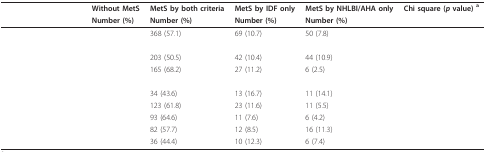
<table><thead><tr><td>[EMPTY_CELL]</td><td><b>Without MetS</b></td><td><b>MetS by both criteria</b></td><td><b>MetS by IDF only</b></td><td><b>MetS by NHLBI/AHA only</b></td><td><b>Chi square (<i>p </i>value) <sup>a</sup></b></td></tr><tr><td>[EMPTY_CELL]</td><td><b>Number (%)</b></td><td><b>Number (%)</b></td><td><b>Number (%)</b></td><td><b>Number (%)</b></td><td>[EMPTY_CELL]</td></tr></thead><tbody><tr><td>[EMPTY_CELL]</td><td>[EMPTY_CELL]</td><td>368 (57.1)</td><td>69 (10.7)</td><td>50 (7.8)</td><td>[EMPTY_CELL]</td></tr><tr><td>[EMPTY_CELL]</td><td>[EMPTY_CELL]</td><td>[EMPTY_CELL]</td><td>[EMPTY_CELL]</td><td>[EMPTY_CELL]</td><td>[EMPTY_CELL]</td></tr><tr><td>[EMPTY_CELL]</td><td>[EMPTY_CELL]</td><td>203 (50.5)</td><td>42 (10.4)</td><td>44 (10.9)</td><td>[EMPTY_CELL]</td></tr><tr><td>[EMPTY_CELL]</td><td>[EMPTY_CELL]</td><td>165 (68.2)</td><td>27 (11.2)</td><td>6 (2.5)</td><td>[EMPTY_CELL]</td></tr><tr><td>[EMPTY_CELL]</td><td>[EMPTY_CELL]</td><td>[EMPTY_CELL]</td><td>[EMPTY_CELL]</td><td>[EMPTY_CELL]</td><td>[EMPTY_CELL]</td></tr><tr><td>[EMPTY_CELL]</td><td>[EMPTY_CELL]</td><td>34 (43.6)</td><td>13 (16.7)</td><td>11 (14.1)</td><td>[EMPTY_CELL]</td></tr><tr><td>[EMPTY_CELL]</td><td>[EMPTY_CELL]</td><td>123 (61.8)</td><td>23 (11.6)</td><td>11 (5.5)</td><td>[EMPTY_CELL]</td></tr><tr><td>[EMPTY_CELL]</td><td>[EMPTY_CELL]</td><td>93 (64.6)</td><td>11 (7.6)</td><td>6 (4.2)</td><td>[EMPTY_CELL]</td></tr><tr><td>[EMPTY_CELL]</td><td>[EMPTY_CELL]</td><td>82 (57.7)</td><td>12 (8.5)</td><td>16 (11.3)</td><td>[EMPTY_CELL]</td></tr><tr><td>[EMPTY_CELL]</td><td>[EMPTY_CELL]</td><td>36 (44.4)</td><td>10 (12.3)</td><td>6 (7.4)</td><td>[EMPTY_CELL]</td></tr></tbody></table>